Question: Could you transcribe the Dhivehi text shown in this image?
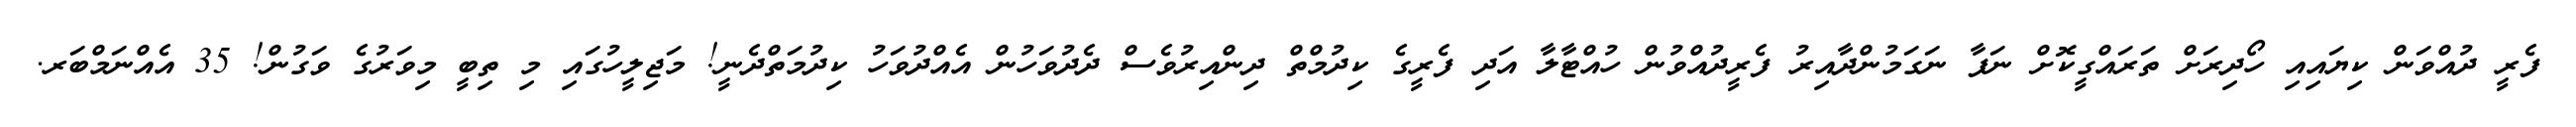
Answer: ފެރީ ދުއްވަން ކިޔައިއި ހޯދިރަށް ތަރައްގީކޮށް ނަފާ ނަގަމުންދާއިރު ފެރީދުއްވުން ހުއްޓާލާ އަދި ފެރީގެ ކިދުމްތް ދިންއިރުވެސް ދެދުވަހުން އެއްދުވަހު ކިދުމަތްދެނީ! މަޖިލީހުގައި މި ތިބީ މިވަރުގެ ވަގުން! 35 އެއްނަމްބަރ.